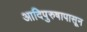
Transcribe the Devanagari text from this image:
आदिपुरुषापासून